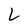
Character: L